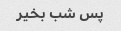
پس شب بخیر